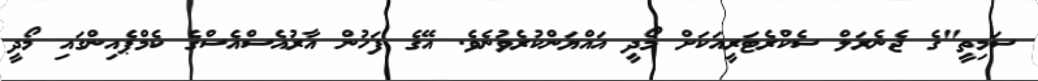
ސަމިތީ"ގެ ޖެނެރަލް ސެކްރެޓަރީއަކަށް މޯދީ އައްޔަންކުރެވުނެވެ. އޭގެ ފަހުން އާރުއެސްއެސްގެ ކެމްޕެއިންގައި މޯދީ